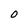
Character: 0